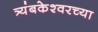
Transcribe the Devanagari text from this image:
त्र्यंबकेश्‍वरच्या